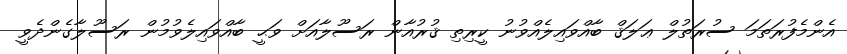
އެންމެފުރަތަމަ ސުރަތުލް ޢަލަޤް ބާއްވައިލެއްވުނު ކީރިތި ޤުރުއާން ރަސޫލާއަށް ވަޙީ ބާއްވައިލެވުމުން ރަސޫލާގެންދެވީ